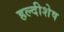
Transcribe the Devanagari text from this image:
हल्दीशेष